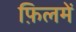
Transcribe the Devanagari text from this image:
फ़िलमें